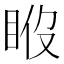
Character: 𥆉